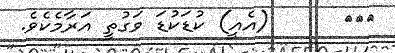
١١٧      (އެއީ) ކުޑަކުޑަ ވަގުތީ އަރާމެކެވެ.